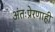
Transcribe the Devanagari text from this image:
अंतःप्रेरणाही